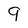
Character: 9